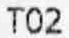
T02